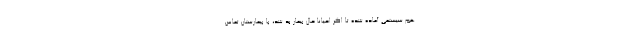
هم سیستمی آماده شده تا اگر احیانا حال بیمار بد شد، با بیمارستان تماس